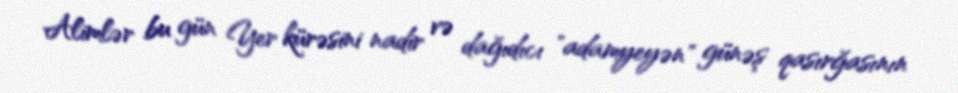
Alimlər bu gün Yer kürəsini nadir və dağıdıcı "adamyeyən" günəş qasırğasının